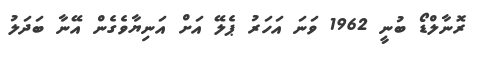
ރޮނާލްޑޯ ބުނީ 1962 ވަނަ އަހަރު ޕެލޭ އަށް އަނިޔާވެގެން އޭނާ ބަދަލު